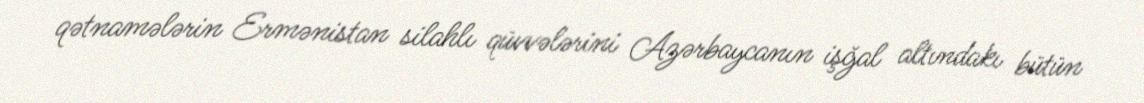
qətnamələrin Ermənistan silahlı qüvvələrini Azərbaycanın işğal altındakı bütün